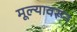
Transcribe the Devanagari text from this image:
मूल्यावरून